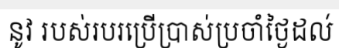
នូវ របស់របរប្រើប្រាស់ប្រចាំថ្ងៃដល់